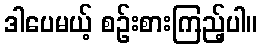
ဒါပေမယ့် စဉ်းစားကြည့်ပါ။